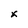
Character: x